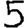
Digit: 5